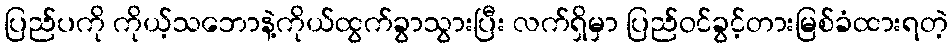
ပြည်ပကို ကိုယ့်သဘောနဲ့ကိုယ်ထွက်ခွာသွားပြီး လက်ရှိမှာ ပြည်ဝင်ခွင့်တားမြစ်ခံထားရတဲ့